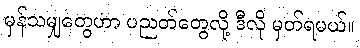
မှန်သမျှတွေဟာ ပညတ်တွေလို့ ဒီလို မှတ်ရမယ်။